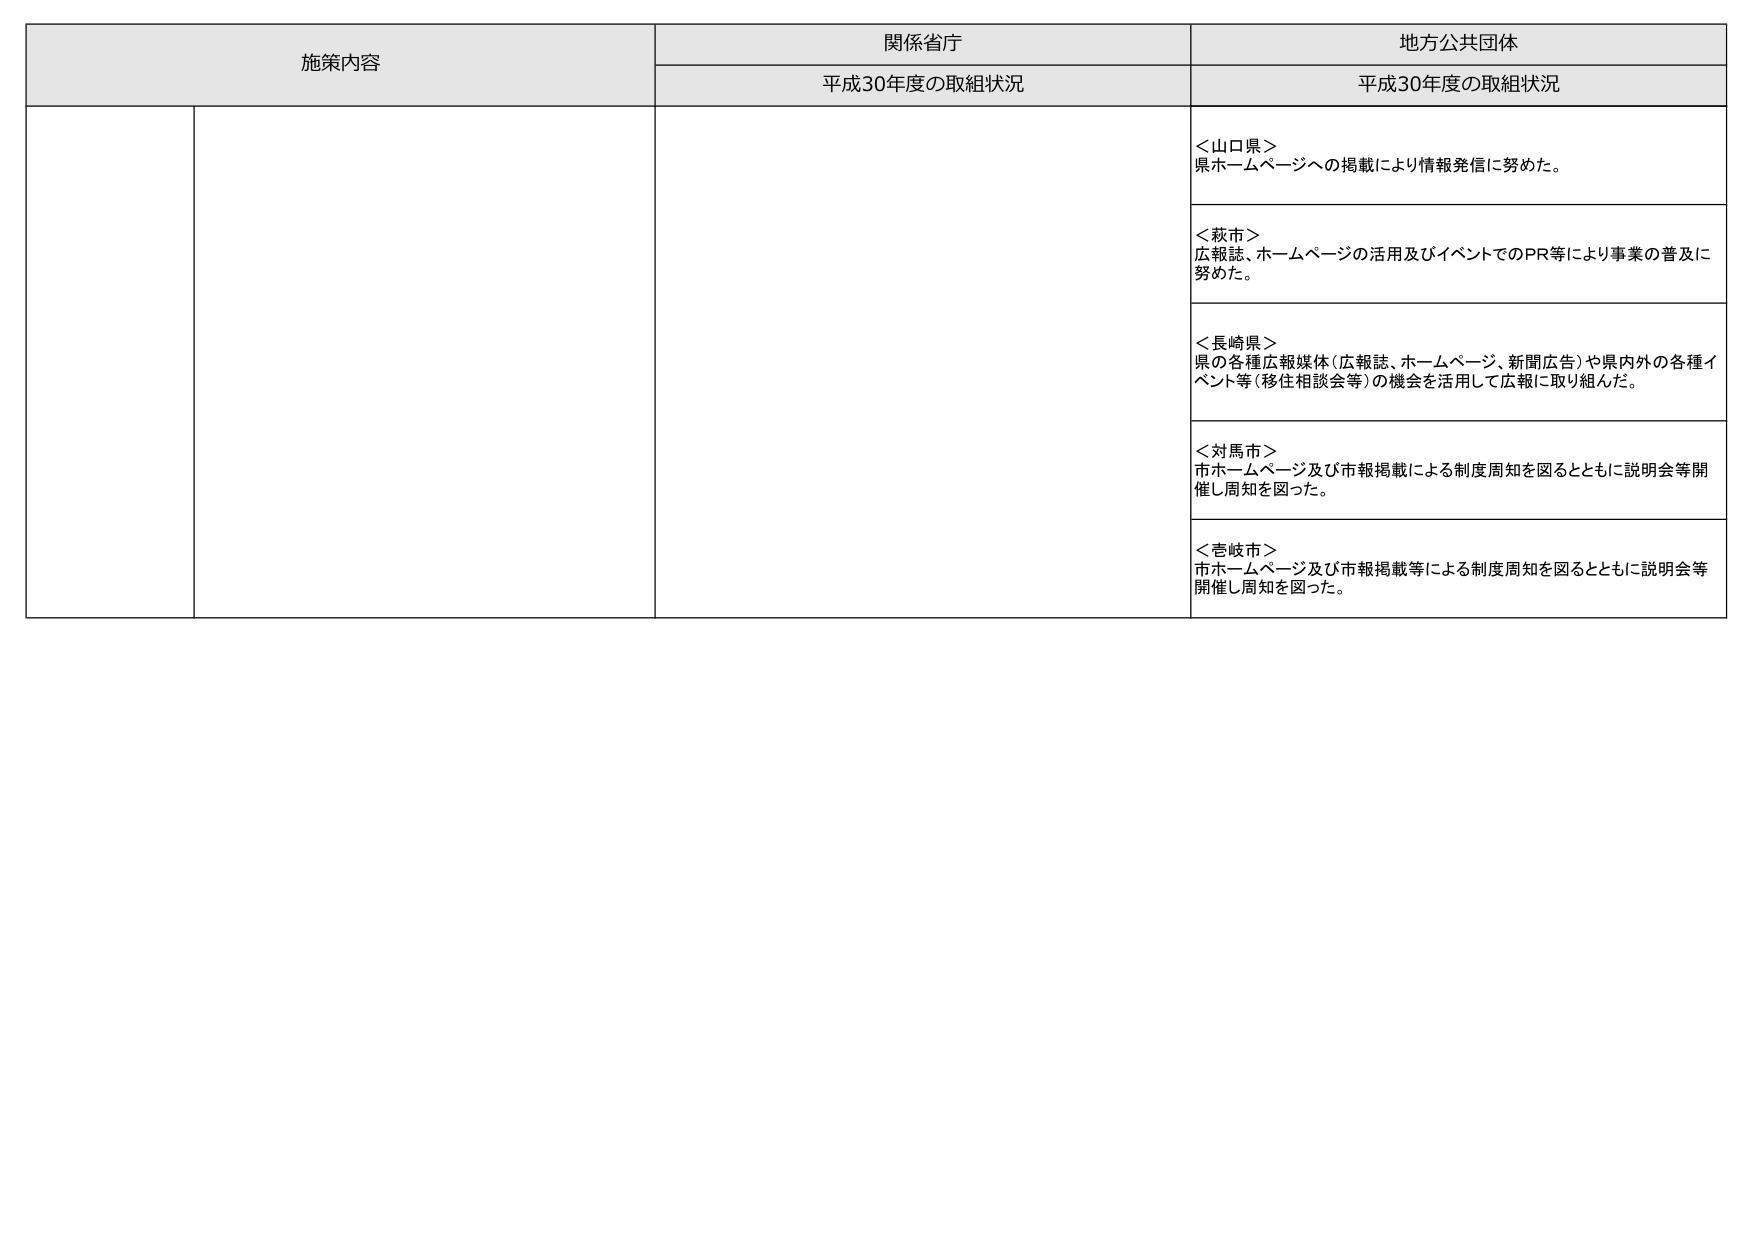
施策内容
関係省庁
地方公共団体
平成30年度の取組状況
平成30年度の取組状況
＜山口県＞
県ホームページへの掲載により情報発信に努めた。
＜萩市＞
広報誌、ホームページの活用及びイベントでのPR等により事業の普及に
努めた。
＜長崎県＞
県の各種広報媒体（広報誌、ホームページ、新聞広告）や県内外の各種イ
ベント等（移住相談会等）の機会を活用して広報に取り組んだ。
＜対馬市＞
市ホームページ及び市報掲載による制度周知を図るとともに説明会等開
催し周知を図った。
＜壱岐市＞
市ホームページ及び市報掲載等による制度周知を図るとともに説明会等
開催し周知を図った。